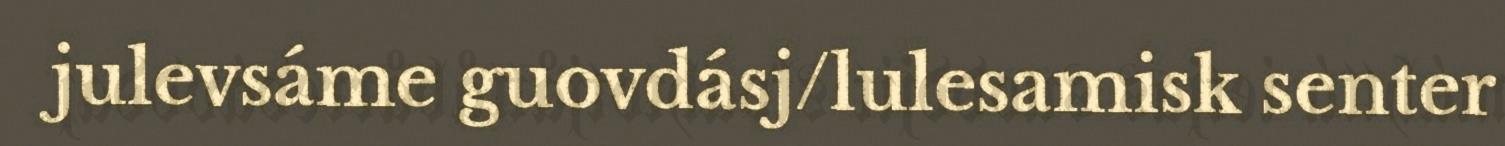
julevsáme guovdásj/lulesamisk senter